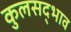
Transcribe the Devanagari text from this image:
कुलसद्भाव